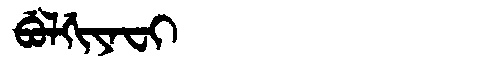
Manchu: ᠪᡠᠯᡤᡳᠶᠠᠸᡳ
Romanization: BULGIYAFI